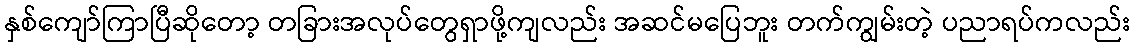
နှစ်ကျော်ကြာပြီဆိုတော့ တခြားအလုပ်တွေရှာဖို့ကျလည်း အဆင်မပြေဘူး တက်ကျွမ်းတဲ့ ပညာရပ်ကလည်း